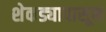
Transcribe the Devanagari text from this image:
शेकड्यापासून